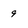
Character: 9